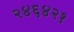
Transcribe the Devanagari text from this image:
२४६४२१